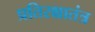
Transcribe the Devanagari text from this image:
प्रतिरक्षातंत्र